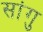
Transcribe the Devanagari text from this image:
सांगु